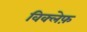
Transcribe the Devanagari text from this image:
विक्लेफ़